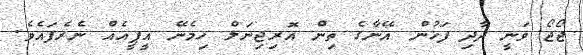
ޖޯޖޯ ވަނީ ދާދި ފަހުން އޭނާގެ ތިން އޮރިޖިނަލް ހިމެނޭ އީޕީއެއް ނެރެފައެވެ.